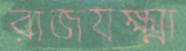
রাজযক্ষ্মা